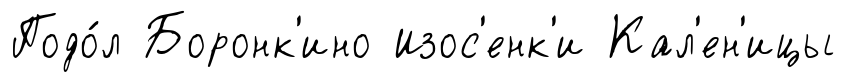
Подо́л Боронк'ино Изос'енк'и Кал'ен'ицы